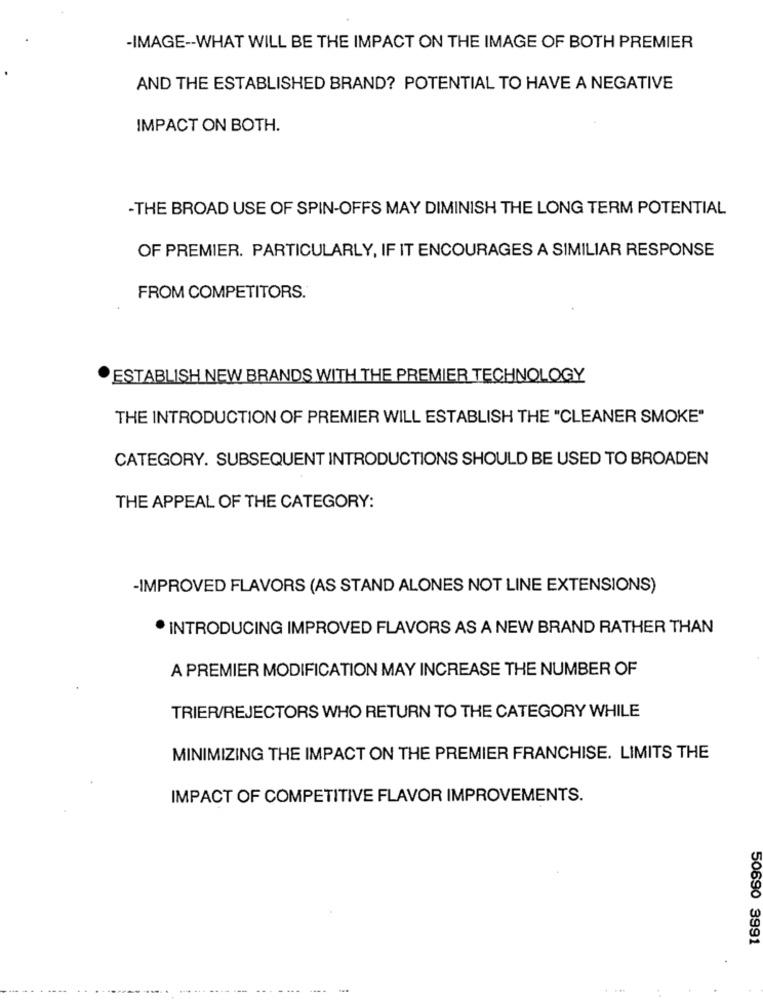
-IMAGE -- WHAT WILL BE THE IMPACT ON THE IMAGE OF BOTH PREMIER
AND THE ESTABLISHED BRAND? POTENTIAL TO HAVE A NEGATIVE
IMPACT ON BOTH.
-THE BROAD USE OF SPIN-OFFS MAY DIMINISH THE LONG TERM POTENTIAL
OF PREMIER. PARTICULARLY, IF IT ENCOURAGES A SIMILIAR RESPONSE
FROM COMPETITORS.
ESTABLISH NEW BRANDS WITH THE PREMIER TECHNOLOGY
THE INTRODUCTION OF PREMIER WILL ESTABLISH THE "CLEANER SMOKE"
CATEGORY. SUBSEQUENT INTRODUCTIONS SHOULD BE USED TO BROADEN
THE APPEAL OF THE CATEGORY:
-IMPROVED FLAVORS (AS STAND ALONES NOT LINE EXTENSIONS)
INTRODUCING IMPROVED FLAVORS AS A NEW BRAND RATHER THAN
A PREMIER MODIFICATION MAY INCREASE THE NUMBER OF
TRIER/REJECTORS WHO RETURN TO THE CATEGORY WHILE
MINIMIZING THE IMPACT ON THE PREMIER FRANCHISE. LIMITS THE
IMPACT OF COMPETITIVE FLAVOR IMPROVEMENTS.
50690 3991
......
---